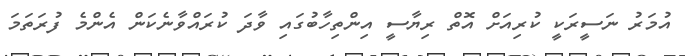
އުމަރު ނަސީރަކީ ކުރިއަށް އޮތް ރިޔާސީ އިންތިހާބުގައި ވާދަ ކުރައްވާނެކަން އެންމެ ފުރަތަމަ